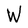
Character: W